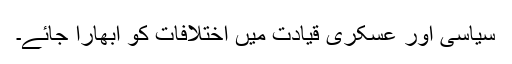
سیاسی اور عسکری قیادت میں اختلافات کو ابھارا جائے۔